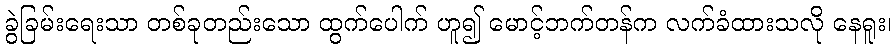
ခွဲခြမ်းရေးသာ တစ်ခုတည်းသော ထွက်ပေါက် ဟူ၍ မောင့်ဘက်တန်က လက်ခံထားသလို နေရူး၊